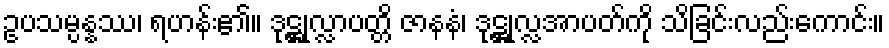
ဥပသမ္ပန္နဿ၊ ရဟန်း၏။ ဒုဋ္ဌုလ္လာပတ္တိ ဇာနနံ၊ ဒုဋ္ဌုလ္လအာပတ်ကို သိခြင်းလည်းကောင်း။